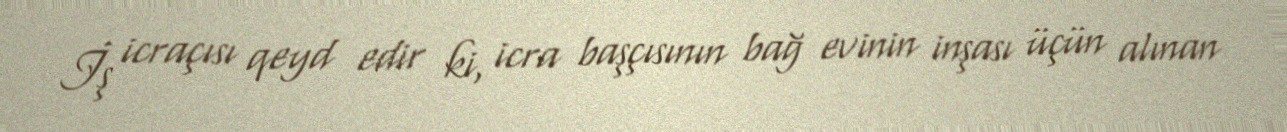
İş icraçısı qeyd edir ki, icra başçısının bağ evinin inşası üçün alınan